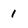
Character: i